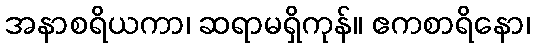
အနာစရိယကာ၊ ဆရာမရှိကုန်။ ဧကစာရိနော၊